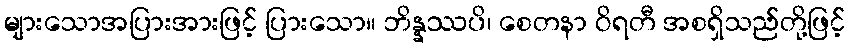
များသောအပြားအားဖြင့် ပြားသော။ ဘိန္နဿပိ၊ စေတနာ ဝိရတီ အစရှိသည်တို့ဖြင့်